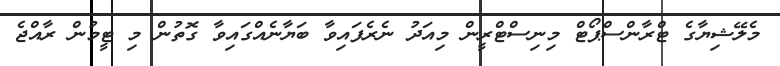
މެލޭޝިޔާގެ ޓްރާންސްޕޯޓް މިނިސްޓްރީން މިއަދު ނެރެފައިވާ ބަޔާނެއްގައިވާ ގޮތުން މި ޓީމުން ރާއްޖެ